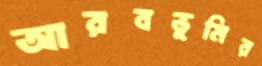
আরবভূমির